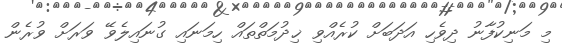
މި މަނިކުފާނު ދިވެހި އަދަބަށް ކުރެއްވި ޚިދުމަތްތައް ހިމަނައި ގުނައިލެވޭ ވަރަށް ވުރެން